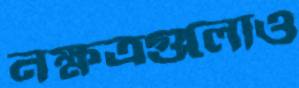
নক্ষত্রগুলোও